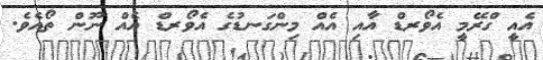
އެއީ ގްރޭމީ އެވޯރޑް އާއި އެެއް މިންގަނޑުގެ އެވޯރޑް އެއް ނޫން ތޯއެވެ.